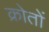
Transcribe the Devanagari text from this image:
क्रोतों